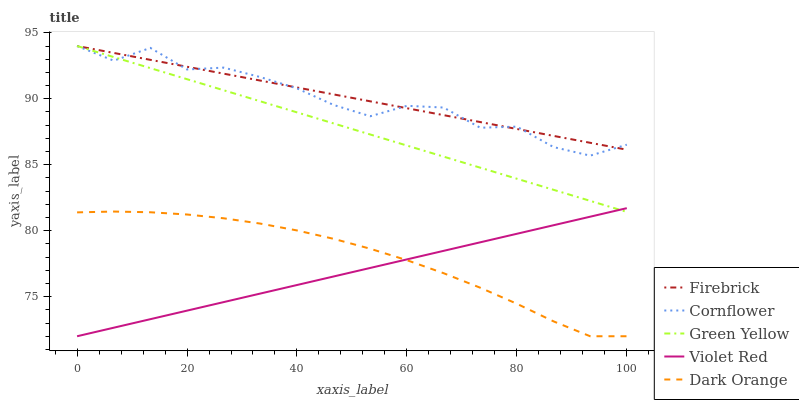
| xaxis_label | Firebrick | Cornflower | Green Yellow | Violet Red | Dark Orange |
 | --- | --- | --- | --- | --- | --- |
 | 0 | 94 | 94 | 94 | 72 | 81.4 |
 | 6.67 | 93.5 | 92.9 | 93.2 | 72.6 | 81.5 |
 | 13.3 | 93 | 93.9 | 92.3 | 73.3 | 81.4 |
 | 20 | 92.4 | 92.2 | 91.5 | 73.9 | 81.2 |
 | 26.7 | 91.9 | 92.4 | 90.6 | 74.6 | 80.9 |
 | 33.3 | 91.4 | 91.6 | 89.8 | 75.2 | 80.5 |
 | 40 | 90.9 | 90.8 | 89 | 75.9 | 80 |
 | 46.7 | 90.3 | 89.5 | 88.1 | 76.5 | 79.4 |
 | 53.3 | 89.8 | 88.7 | 87.3 | 77.2 | 78.6 |
 | 60 | 89.3 | 89.5 | 86.5 | 77.8 | 77.8 |
 | 66.7 | 88.8 | 89.3 | 85.6 | 78.5 | 76.8 |
 | 73.3 | 88.2 | 87.8 | 84.8 | 79.1 | 75.7 |
 | 80 | 87.7 | 87.9 | 83.9 | 79.8 | 74.5 |
 | 86.7 | 87.2 | 86.3 | 83.1 | 80.4 | 73.1 |
 | 93.3 | 86.7 | 85.7 | 82.3 | 81.1 | 72 |
 | 100 | 86.1 | 86.5 | 81.4 | 81.7 | 72 |